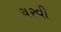
ચરવી